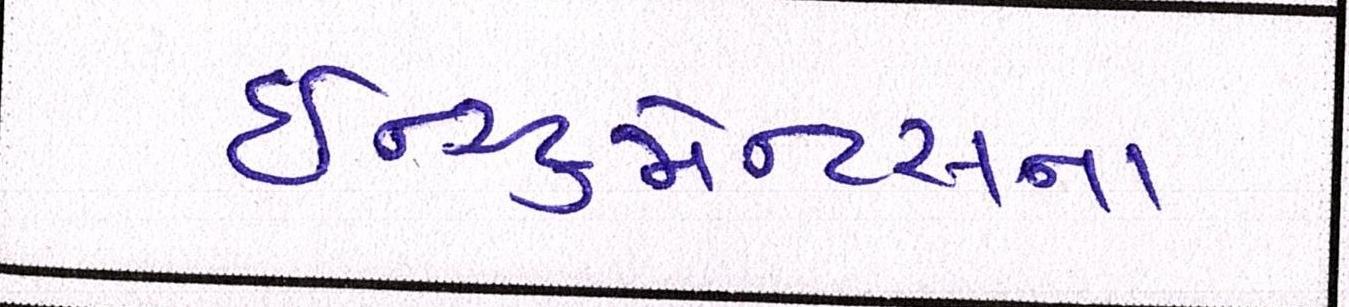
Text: ઇન્સ્ટ્રુમેન્ટસના